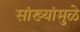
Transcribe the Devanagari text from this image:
सांख्यांमुळे